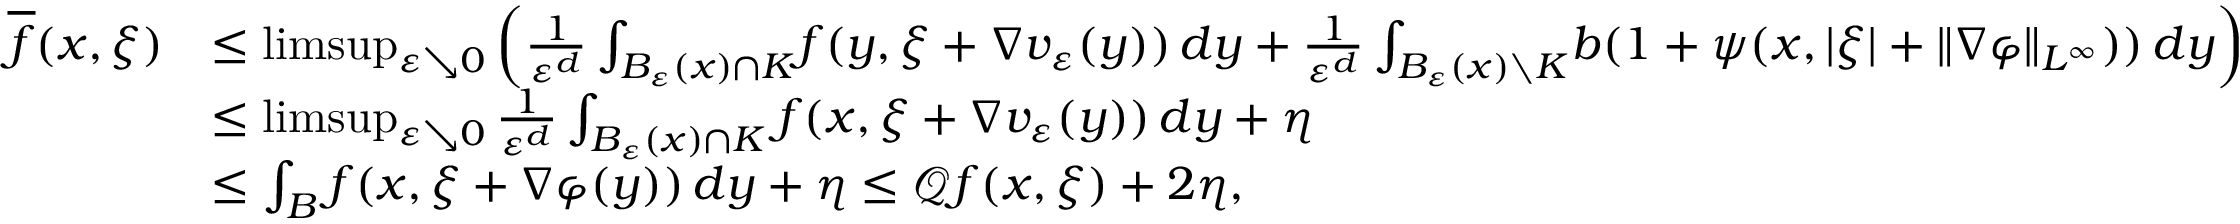
\begin{array} { r l } { \overline { { f } } ( x , \xi ) } & { \leq \operatorname* { l i m s u p } _ { \varepsilon \searrow 0 } \left( \frac { 1 } { \varepsilon ^ { d } } \int _ { B _ { \varepsilon } ( x ) \cap K } \! f ( y , \xi + \nabla v _ { \varepsilon } ( y ) ) \, d y + \frac { 1 } { \varepsilon ^ { d } } \int _ { B _ { \varepsilon } ( x ) \setminus K } \! b ( 1 + \psi ( x , | \xi | + \Vert \nabla \varphi \Vert _ { L ^ { \infty } } ) ) \, d y \right) } \\ & { \leq \operatorname* { l i m s u p } _ { \varepsilon \searrow 0 } \frac { 1 } { \varepsilon ^ { d } } \int _ { B _ { \varepsilon } ( x ) \cap K } f ( x , \xi + \nabla v _ { \varepsilon } ( y ) ) \, d y + \eta } \\ & { \leq \int _ { B } f ( x , \xi + \nabla \varphi ( y ) ) \, d y + \eta \leq \mathcal { Q } f ( x , \xi ) + 2 \eta , } \end{array}